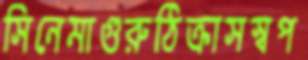
সিনেমাগুরুঠিক্‌রাসস্বপ